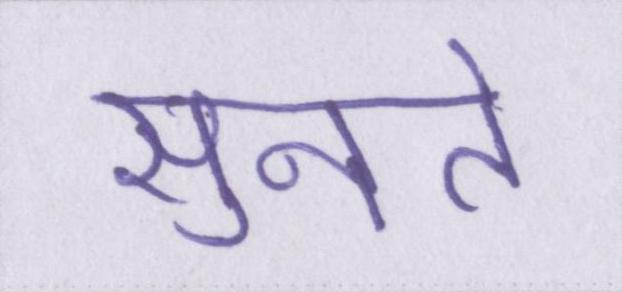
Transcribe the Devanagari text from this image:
सुनते